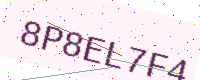
Text: 8P8EL7F4